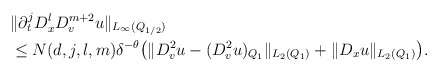
\begin{align*} \begin{aligned} \, & \|\partial_t^j D^l_x D_v^{m+2} u\|_{ L_{\infty} (Q_{1/2}) } \\ & \leq N (d, j, l, m) \delta^{-\theta} \big( \|D_v^2 u - (D_v^2 u)_{Q_1} \|_{L_2 (Q_1)} + \|D_x u\|_{L_2 (Q_1)}\big).\\\end{aligned}\end{align*}